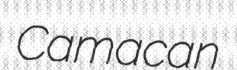
Camacan